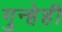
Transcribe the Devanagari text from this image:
गुन्हेही